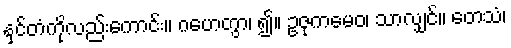
နှင်တံကိုလည်းကောင်း။ ဂဟေတွာ၊ ၍။ ဥဇုကမေဝ၊ သာလျှင်။ တေသံ၊